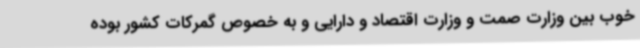
خوب بین وزارت صمت و وزارت اقتصاد و دارایی و به خصوص گمرکات کشور بوده